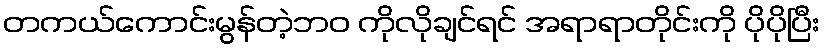
တကယ်ကောင်းမွန်တဲ့ဘဝ ကိုလိုချင်ရင် အရာရာတိုင်းကို ပိုပိုပြီး